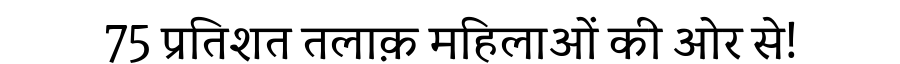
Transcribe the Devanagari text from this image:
75 प्रतिशत तलाक़ महिलाओं की ओर से!